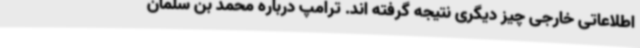
اطلاعاتی خارجی چیز دیگری نتیجه گرفته اند. ترامپ درباره محمد بن سلمان